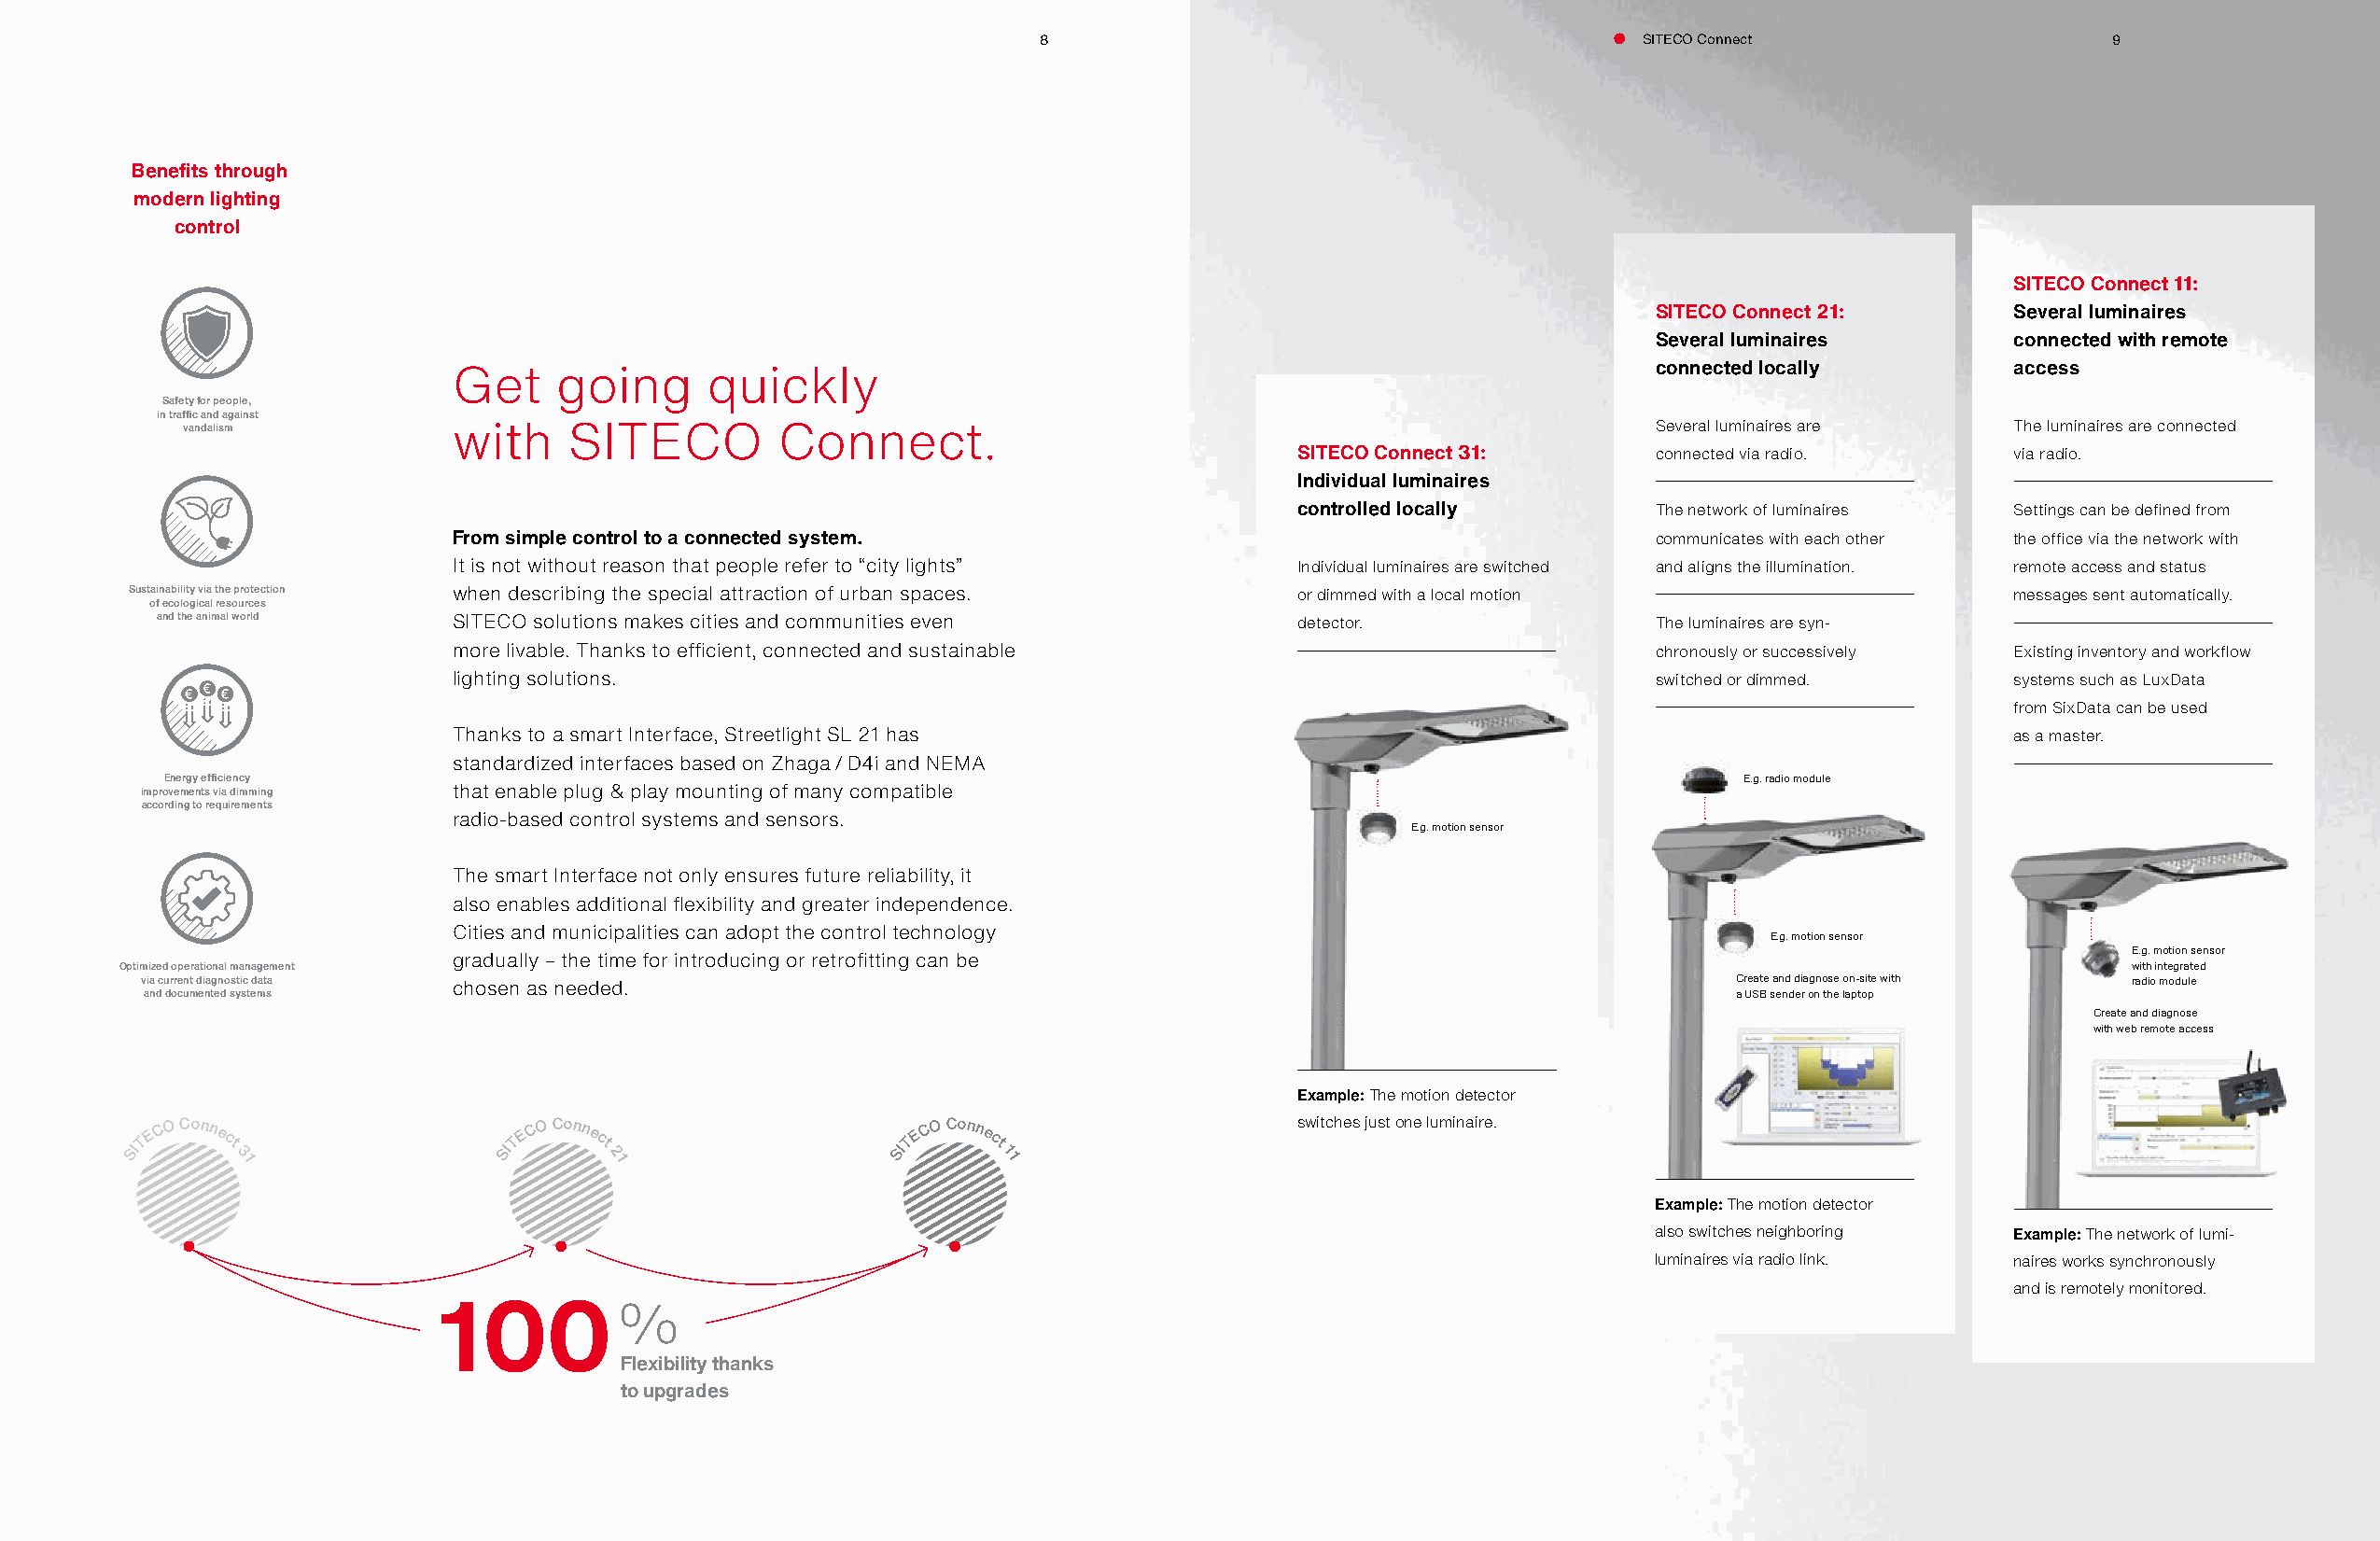
8                                          SITECO Connect                   9
 Benefits through
 modern lighting
 control
 SITECO Connect 11:
 SITECO Connect 21:        Several luminaires
 Several luminaires        connected with remote
 connected locally         access
 Get    going      quickly
 Safety for people,
 in traffic and against
 vandalism          with    SITECO         Connect.                                                      Several luminaires are    The luminaires are connected
 SITECO Connect 31:       connected via radio.      via radio.
 Individual luminaires
 controlled locally       The network of luminaires Settings can be defined from
 From simple control to a connected system.                                           communicates with each other the office via the network with
 It is not without reason that people refer to “city lights” Individual luminaires are switched and aligns the illumination. remote access and status
 Sustainability via the protection when describing the special attraction of urban spaces. or dimmed with a local motion               messages sent automatically.
 of ecological resources
 and the animal world SITECO solutions makes cities and communities even          detector.                The luminaires are syn-
 more livable. Thanks to efficient, connected and sustainable                         chronously or successively Existing inventory and workflow
 lighting solutions.                                                                  switched or dimmed.       systems such as LuxData
 from SixData can be used
 Thanks to a smart Interface, Streetlight SL 21 has                                                             as a master.
 standardized interfaces based on Zhaga / D4i and NEMA
 Energy efficiency                                                                                               E.g. radio module
 improvements via dimming that enable plug & play mounting of many compatible
 according to requirements
 radio-based control systems and sensors.
 E.g. motion sensor
 The smart Interface not only ensures future reliability, it
 also enables additional flexibility and greater independence.
 Cities and municipalities can adopt the control technology
 E.g. motion sensor
 E.g. motion sensor
 gradually – the time for introducing or retrofitting can be
 Optimized operational management                                                                                                               with integrated
 via current diagnostic data chosen as needed.                                                                    Create and diagnose on-site with radio module
 and documented systems                                                                                           a USB sender on the laptop
 Create and diagnose
 with web remote access
 Example: The motion detector
 SITE C O Connect
 3 1
 SITE C O Connect
 2 1
 SITE C O Connect
 1 1
 switches just one luminaire.
 Example: The motion detector
 also switches neighboring Example: The network of lumi-
 luminaires via radio link. naires works synchronously
 and is remotely monitored.
 100%
 Flexibility thanks
 to upgrades